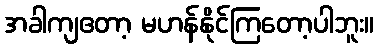
အခါကျဧတာ့ မဟန်နိုင်ကြတော့ပါဘူး။